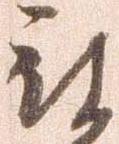
被